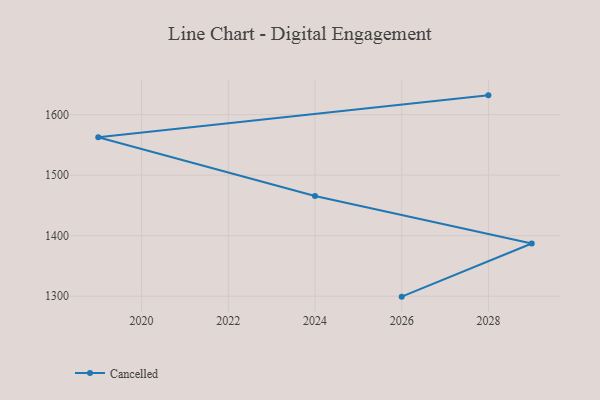
{"axis": {"x": "Year", "y": "Satisfaction Score"}, "legend": ["Cancelled"], "data": [{"x": "2026", "y": 1299.3, "type": "Cancelled"}, {"x": "2029", "y": 1387.1, "type": "Cancelled"}, {"x": "2024", "y": 1465.7, "type": "Cancelled"}, {"x": "2019", "y": 1562.7, "type": "Cancelled"}, {"x": "2028", "y": 1631.8, "type": "Cancelled"}]}